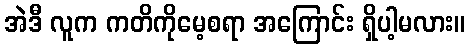
အဲဒီ လူက ကတိကိုမေ့စရာ အကြောင်း ရှိပါ့မလား။